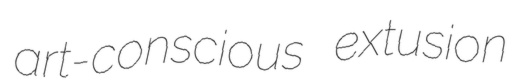
art-conscious extusion